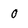
Character: 0